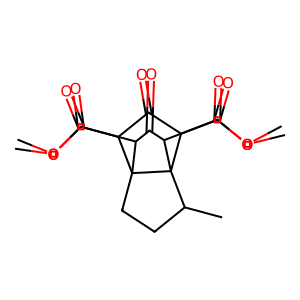
SMILES: COC(=O)C1C(=O)C(C(=O)OC)C23C(C)CCC12C(C(=O)OC)C(=O)C3C(=O)OC
Inhibits HIV replication: No